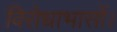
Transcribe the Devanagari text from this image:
विरोधाभासों।